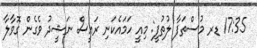
17:35 ޑރ މުސްތަފާ ލުތުފީ: މިއީ ހަމައެކަނި ރައީސް ނަޝީދު ވެގެން ގޮވާލާ